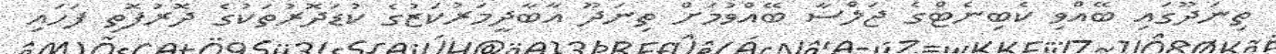
ތިނަދޫގައި ބޭއްވި ކެބިނެޓްގެ ޖަލްސާ ބޭއްވުމަށް ތިނަދޫ އާބާދީމަރުކަޒުގެ ކުޑަދޮރުތަކުގެ ދޮރުފޮތި ފަހައި